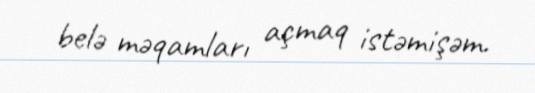
belə məqamları açmaq istəmişəm.